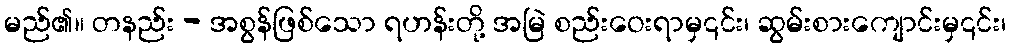
မည်၏။ တနည်း - အစွန်ဖြစ်သော ရဟန်းတို့ အမြဲ စည်းဝေးရာမှ၎င်း၊ ဆွမ်းစားကျောင်းမှ၎င်း၊